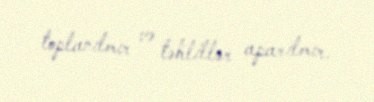
toplanılmır və təhlillər aparılmır.